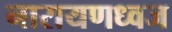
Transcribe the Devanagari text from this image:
नारायणध्वज